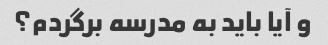
و آیا باید به مدرسه برگردم؟